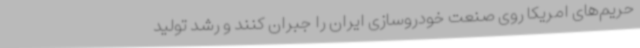
حریم‌های امریکا روی صنعت خودروسازی ایران را جبران کنند و رشد تولید